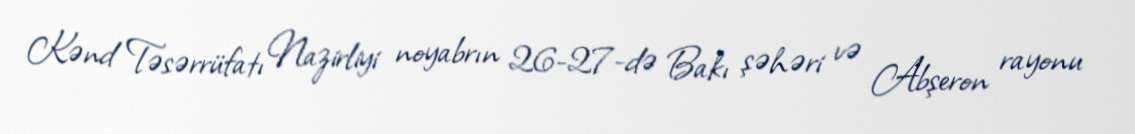
Kənd Təsərrüfatı Nazirliyi noyabrın 26-27-də Bakı şəhəri və Abşeron rayonu